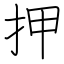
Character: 押